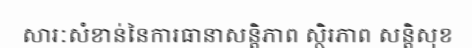
សារៈសំខាន់នៃការធានាសន្តិភាព ស្ថិរភាព សន្តិសុខ